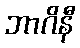
ဘာဂိနီ